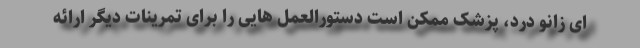
ای زانو درد، پزشک ممکن است دستورالعمل هایی را برای تمرینات دیگر ارائه